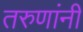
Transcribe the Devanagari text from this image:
तरुणांनीं